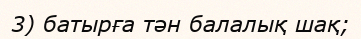
3) батырға тән балалық шақ;